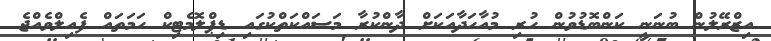
އިޒްރޭލުން ބުނަނީ ކަންބޮޑުވުން ހުރި މުއާހަދާއަކަށް ދާންކުރާ މަސައްކަތްކުގައި ޑިޕްލޮމެޓިކް ހަމަތައް ފެއިލްވެއްޖެ